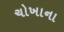
ચોખાના